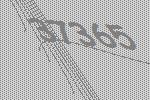
37365